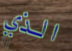
الذي